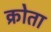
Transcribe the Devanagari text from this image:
क्रोता